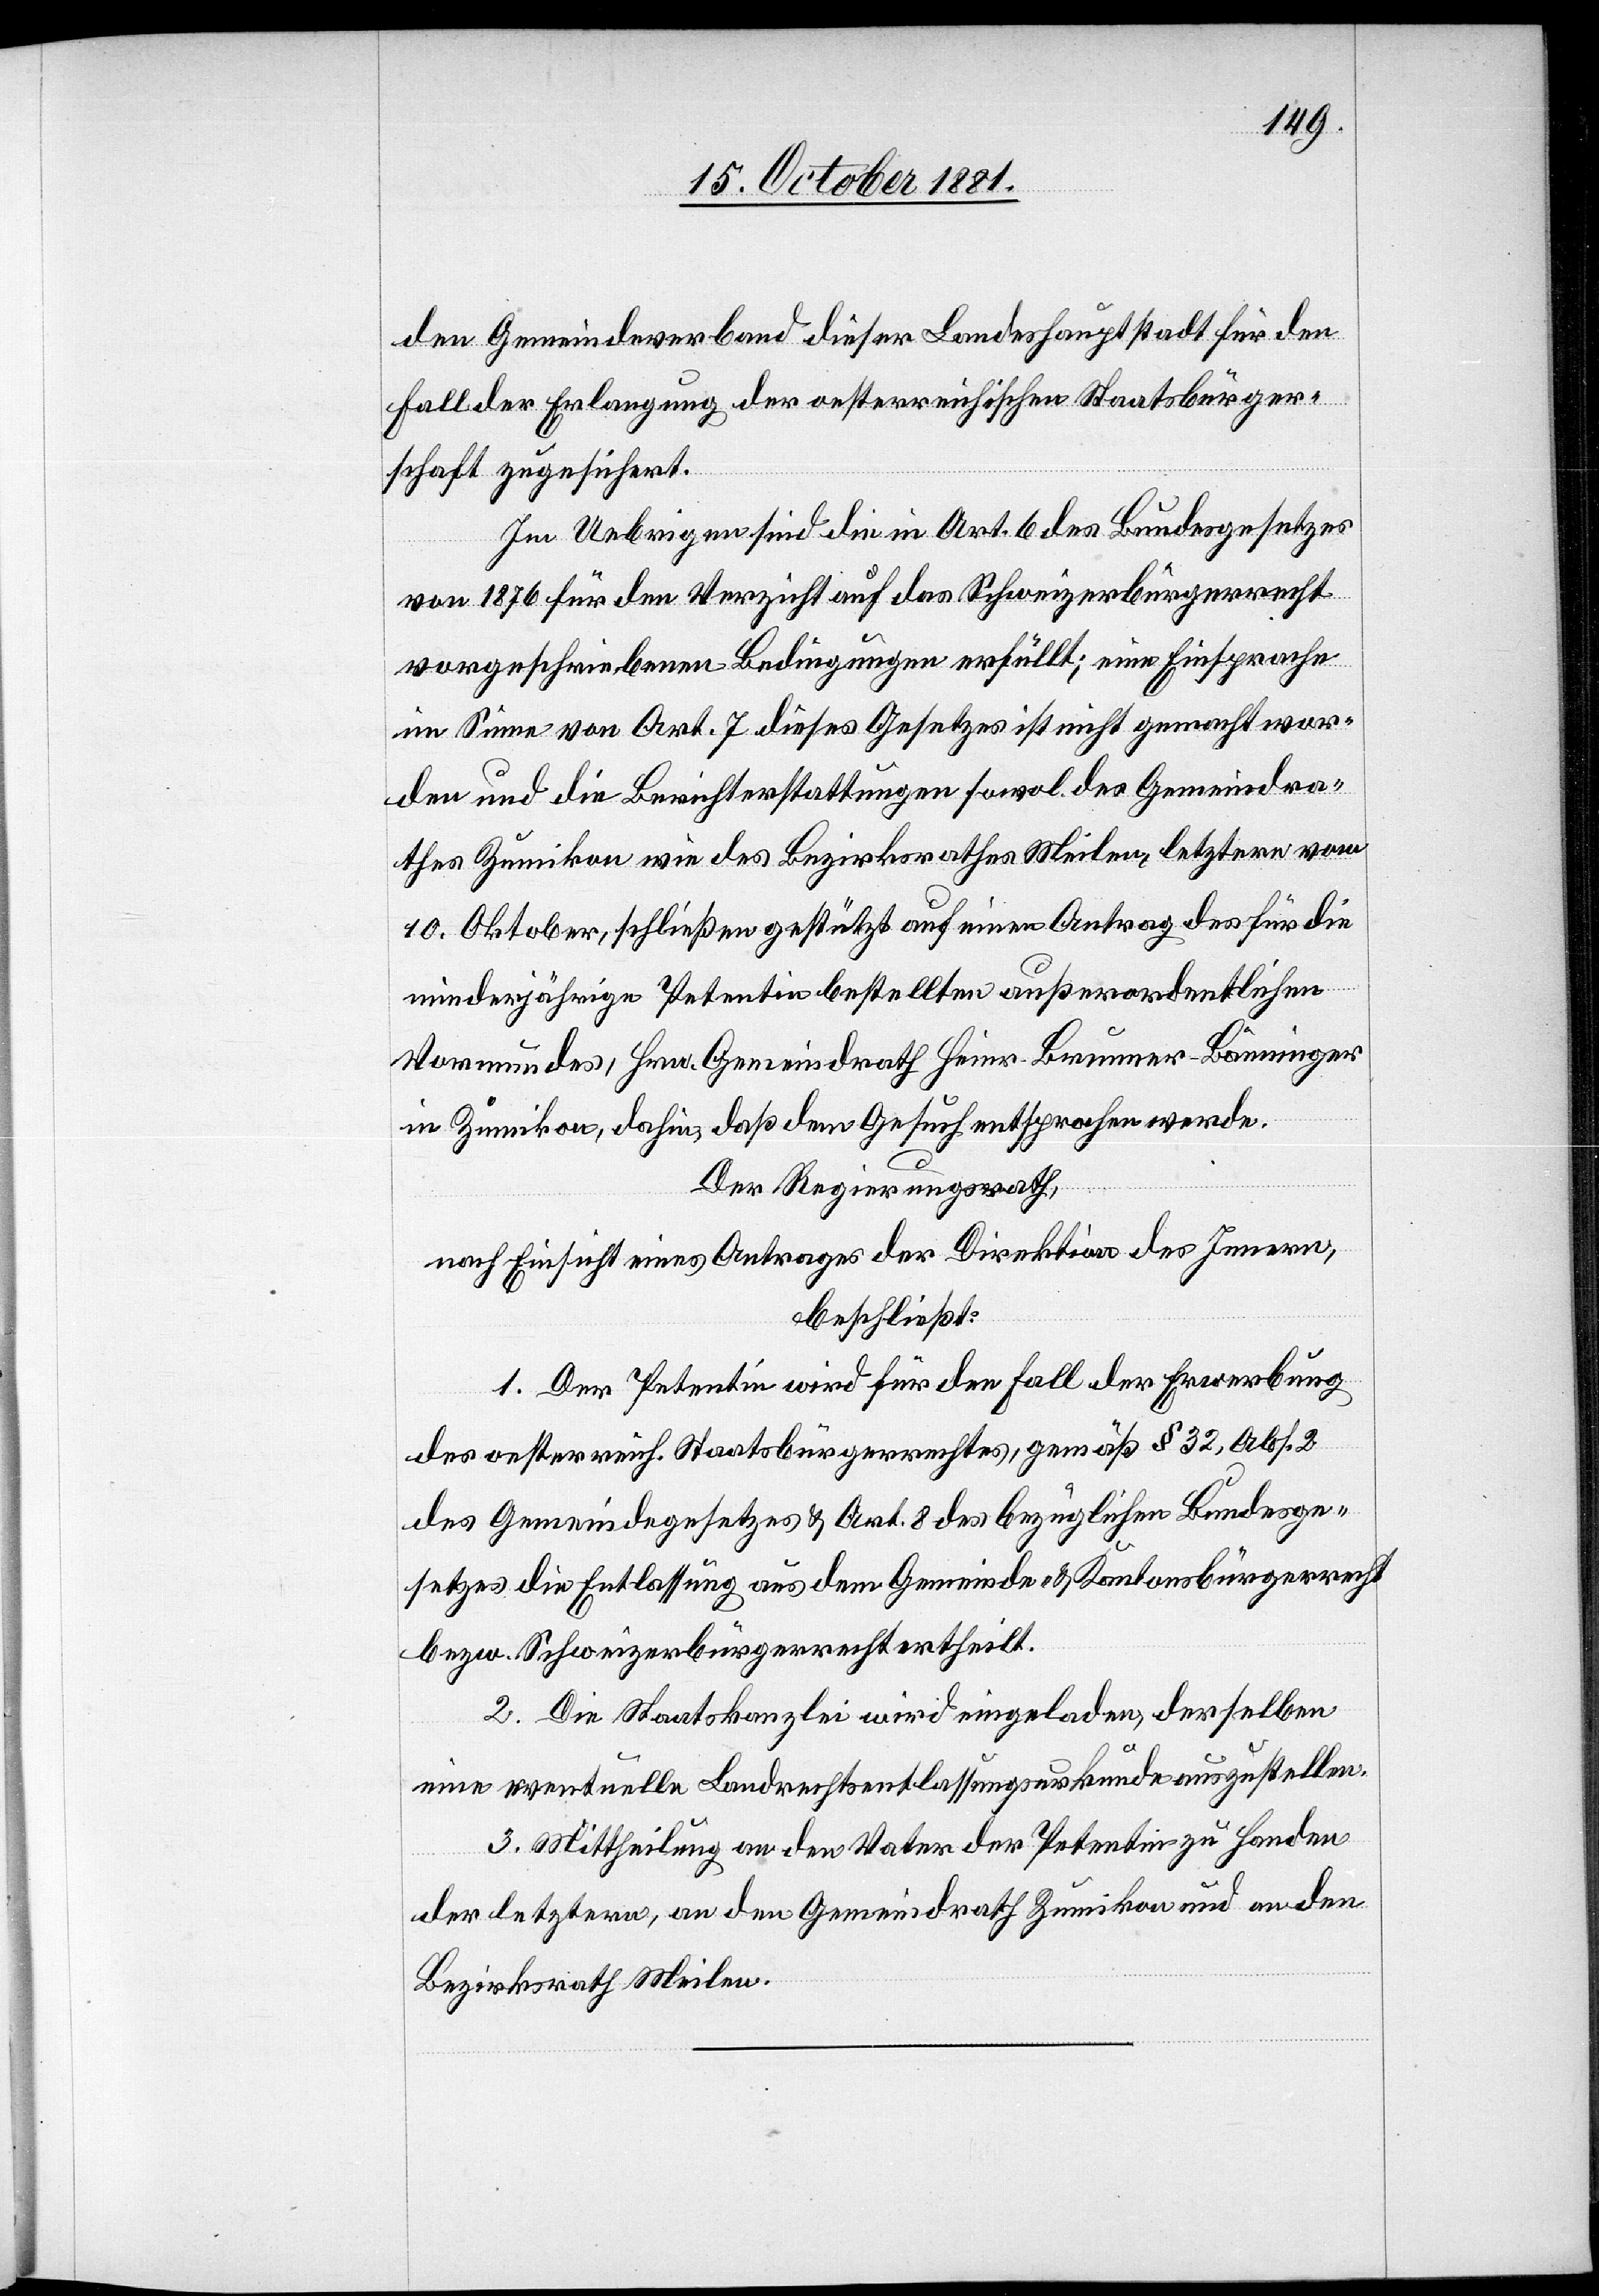
den Gemeindeverband dieser Landeshauptstadt für den
Fall der Erlangung der oesterreichischen Staatsbürger¬
schaft zugesichert.
Im Uebrigen sind die in Art. 6 des Bundesgesetzes
von 1876 für den Verzicht auf das Schweizerbürgerrecht
vorgeschriebenen Bedingungen erfüllt; eine Einsprache
im Sinne von Art. 7 dieses Gesetzes ist nicht gemacht wor¬
den und die Berichterstattungen sowol des Gemeindera¬
thes Zumikon wie des Bezirksrathes Meilen, letztere vom
10. Oktober, schließen gestützt auf einen Antrag des für die
minderjährige Petentin bestellten außerordentlichen
Vormundes, Hrn. Gemeindrath Heinr. Brunner-Bänninger
in Zumikon, dahin, daß dem Gesuch entsprochen werde.
Der Regierungsrath,
nach Einsicht eines Antrages der Direktion des Innern,
beschließt:
1. Der Petentin wird für den Fall der Erwerbung
des oesterreich. Staatsbürgerrechtes, gemäß § 21, Abs. 2
des Gemeindegesetzes & Art. 8 des bezüglichen Bundesge¬
setzes die Entlassung aus dem Gemeinde- & Kantonsbürgerrecht
bezw. Schweizerbürgerrecht ertheilt.
2. Die Staatskanzlei wird eingeladen, derselben
eine eventuelle Landrechtsentlassungsurkunde auszustellen.
3. Mittheilung an den Vater der Petentin zu Handen
der letztern, an den Gemeindrath Zumikon und an den
Bezirksrath Meilen.